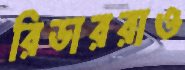
রিডাররাও